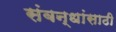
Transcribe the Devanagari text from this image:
संबन्धांसाठी